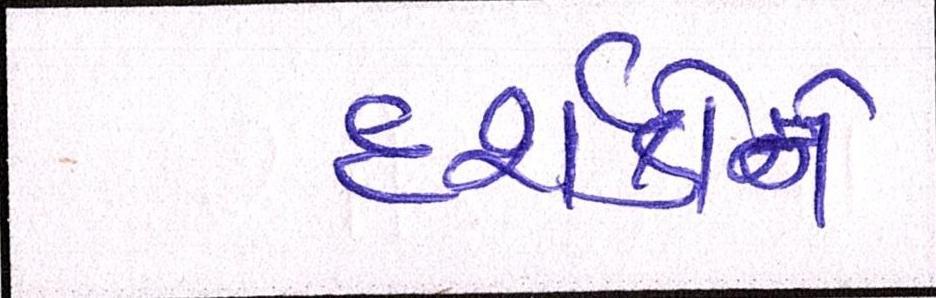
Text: દર્શકોને